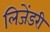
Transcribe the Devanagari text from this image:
लिजेंडरी